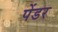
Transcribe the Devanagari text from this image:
पेंडर